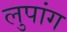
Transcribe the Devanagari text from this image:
लुपांग